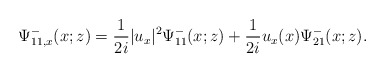
\begin{align*}\Psi^-_{11,x}(x;z)=\frac{1}{2 i}|u_x|^{2} \Psi^-_{11}(x;z)+\frac{1}{2 i} u_x(x) \Psi^-_{21}(x;z).\end{align*}